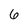
Character: 6